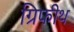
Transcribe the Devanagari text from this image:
ग्रिफीथ